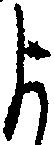
よ